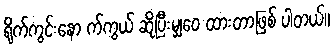
ရိုက်ကွင်းနော က်ကွယ် ဆိုပြီးမျှဝေ ထားတာဖြစ် ပါတယ်။